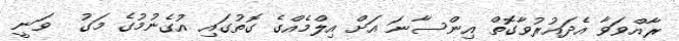
ރާއްވަވާ އެދައުރުވާގޮތް އިންސާނަ އަށް އިލްމެއްގެ ގޮތުގައި އުގެނުމުގެ މަގު  ވަނީ